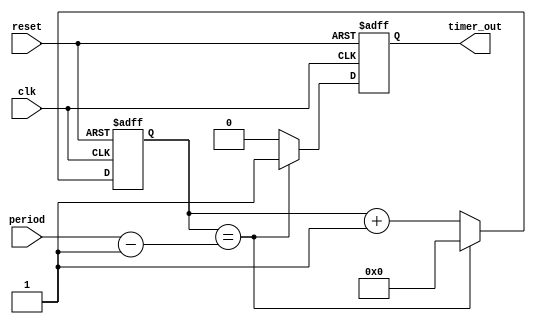
module periodic_timer(
    input wire clk,
    input wire reset,
    input wire [31:0] period,
    output reg timer_out
);

reg [31:0] counter;

always @ (posedge clk or posedge reset) begin
    if (reset) begin
        counter <= 0;
        timer_out <= 0;
    end else begin
        if (counter == period - 1) begin
            counter <= 0;
            timer_out <= 1;
        end else begin
            counter <= counter + 1;
            timer_out <= 0;
        end
    end
end

endmodule